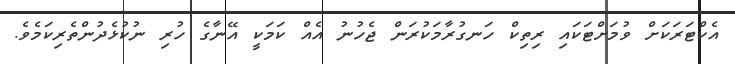
އެކްޓަރަކަށް ވުމަށްޓަކައި ރިތިކް ހަނގުރާމަކުރަން ޖެހުނު އެއް ކަމަކީ އޭނާގެ ހުރި ނުކުޅެދުންތެރިކަމެވެ.